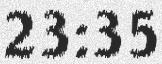
23:35